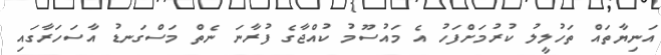
އަނިޔާތައް ތަހުލީލު ކުރުމަށްފަހު އެ މައުސޫމު ކުއްޖާގެ ފުރާނަ ނެތް މަސްގަނޑު އާސަހަރާގައި